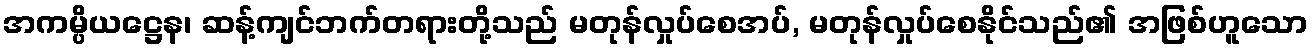
အကမ္ပိယဋ္ဌေန၊ ဆန့်ကျင်ဘက်တရားတို့သည် မတုန်လှုပ်စေအပ်, မတုန်လှုပ်စေနိုင်သည်၏ အဖြစ်ဟူသော